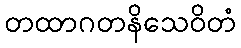
တထာဂတနိသေဝိတံ